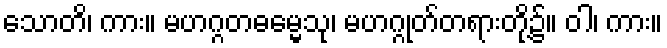
သောတိ၊ ကား။ မဟဂ္ဂတဓမ္မေသု၊ မဟဂ္ဂုတ်တရားတို့၌။ ဝါ၊ ကား။